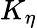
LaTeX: K_{\eta}